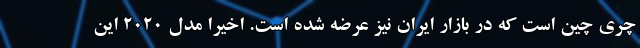
چری چین است که در بازار ایران نیز عرضه شده است. اخیرا مدل 2020 این